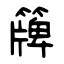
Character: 簰